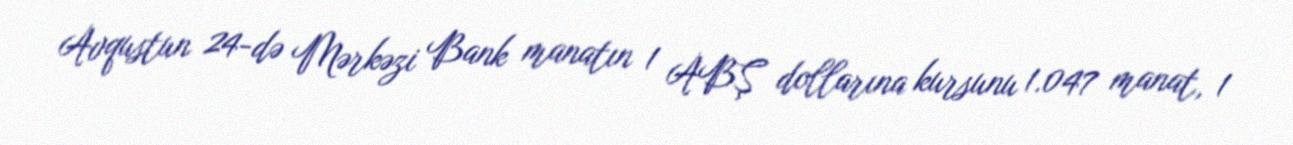
Avqustun 24-də Mərkəzi Bank manatın 1 ABŞ dollarına kursunu 1.047 manat, 1